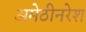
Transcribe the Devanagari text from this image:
अमेठीनरेश